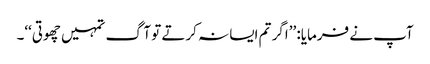
آپ نے فرمایا: ’’اگر تم ایسا نہ کرتے تو آگ تمہیں چھوتی‘‘۔